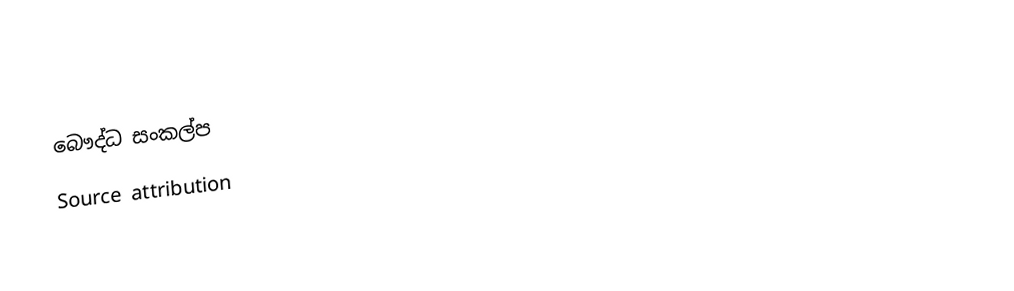
බෞද්ධ සංකල්ප
Source attribution